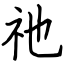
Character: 祂